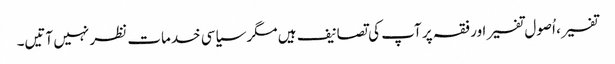
تفسیر، اُصول تفسیر اور فقہ پر آپ کی تصانیف ہیں مگر سیاسی خدمات نظر نہیں آتیں۔